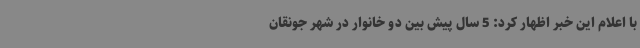
با اعلام این خبر اظهار کرد: 5 سال پیش بین دو خانوار در شهر جونقان